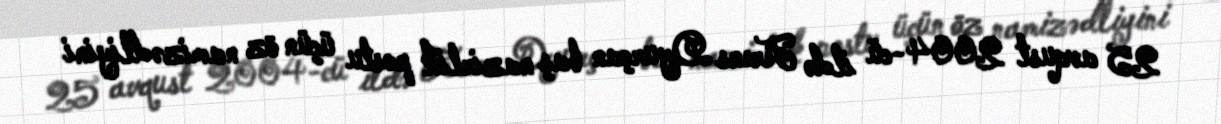
25 avqust 2004-cü ildə Ferens Dyurçan baş nazirlik postu üçün öz namizədliyini